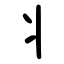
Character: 丬